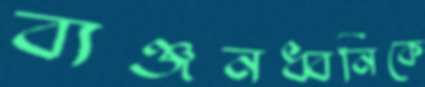
ব্যঞ্জনধ্বনিকে